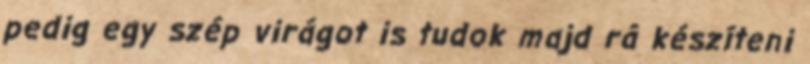
pedig egy szép virágot is tudok majd rá készíteni